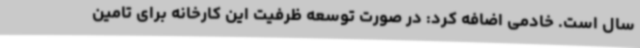
سال است. خادمی اضافه کرد: در صورت توسعه ظرفیت این کارخانه برای تامین